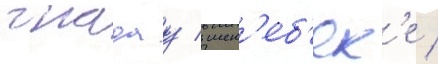
гнадау / шен'еб'ек'е /